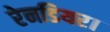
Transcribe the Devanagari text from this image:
रेनडियर।